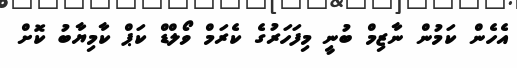
އެހެން ކަމުން ނާޒިމް ބުނީ މިފަހަރުގެ ކެރަމް ވޯލްޑް ކަޕް ކާމިޔާބު ކޮށް